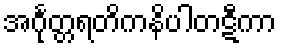
အင်္ဂုတ္တရတိကနိပါတဋီကာ